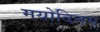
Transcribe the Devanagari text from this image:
मयोदितम्